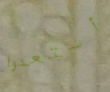
أستعدوا